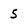
Character: 5